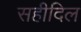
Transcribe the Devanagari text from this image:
सहीदिल